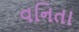
વનિતા